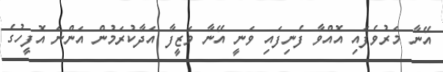
އޭނާ މަރުވެފައި އޮއްވާ ފެނިފައި ވަނީ އޭނާ ވަޒީފާ އަދާކުރަމުން އަންނަ އޮފީހުގެ